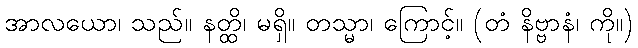
အာလယော၊ သည်။ နတ္ထိ၊ မရှိ။ တသ္မာ၊ ကြောင့်။ (တံ နိဗ္ဗာနံ၊ ကို။)